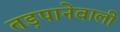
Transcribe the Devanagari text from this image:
तड़पानेवाली